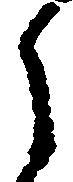
之